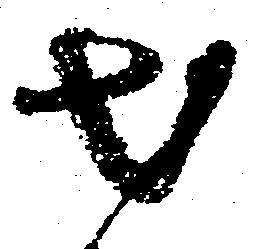
出